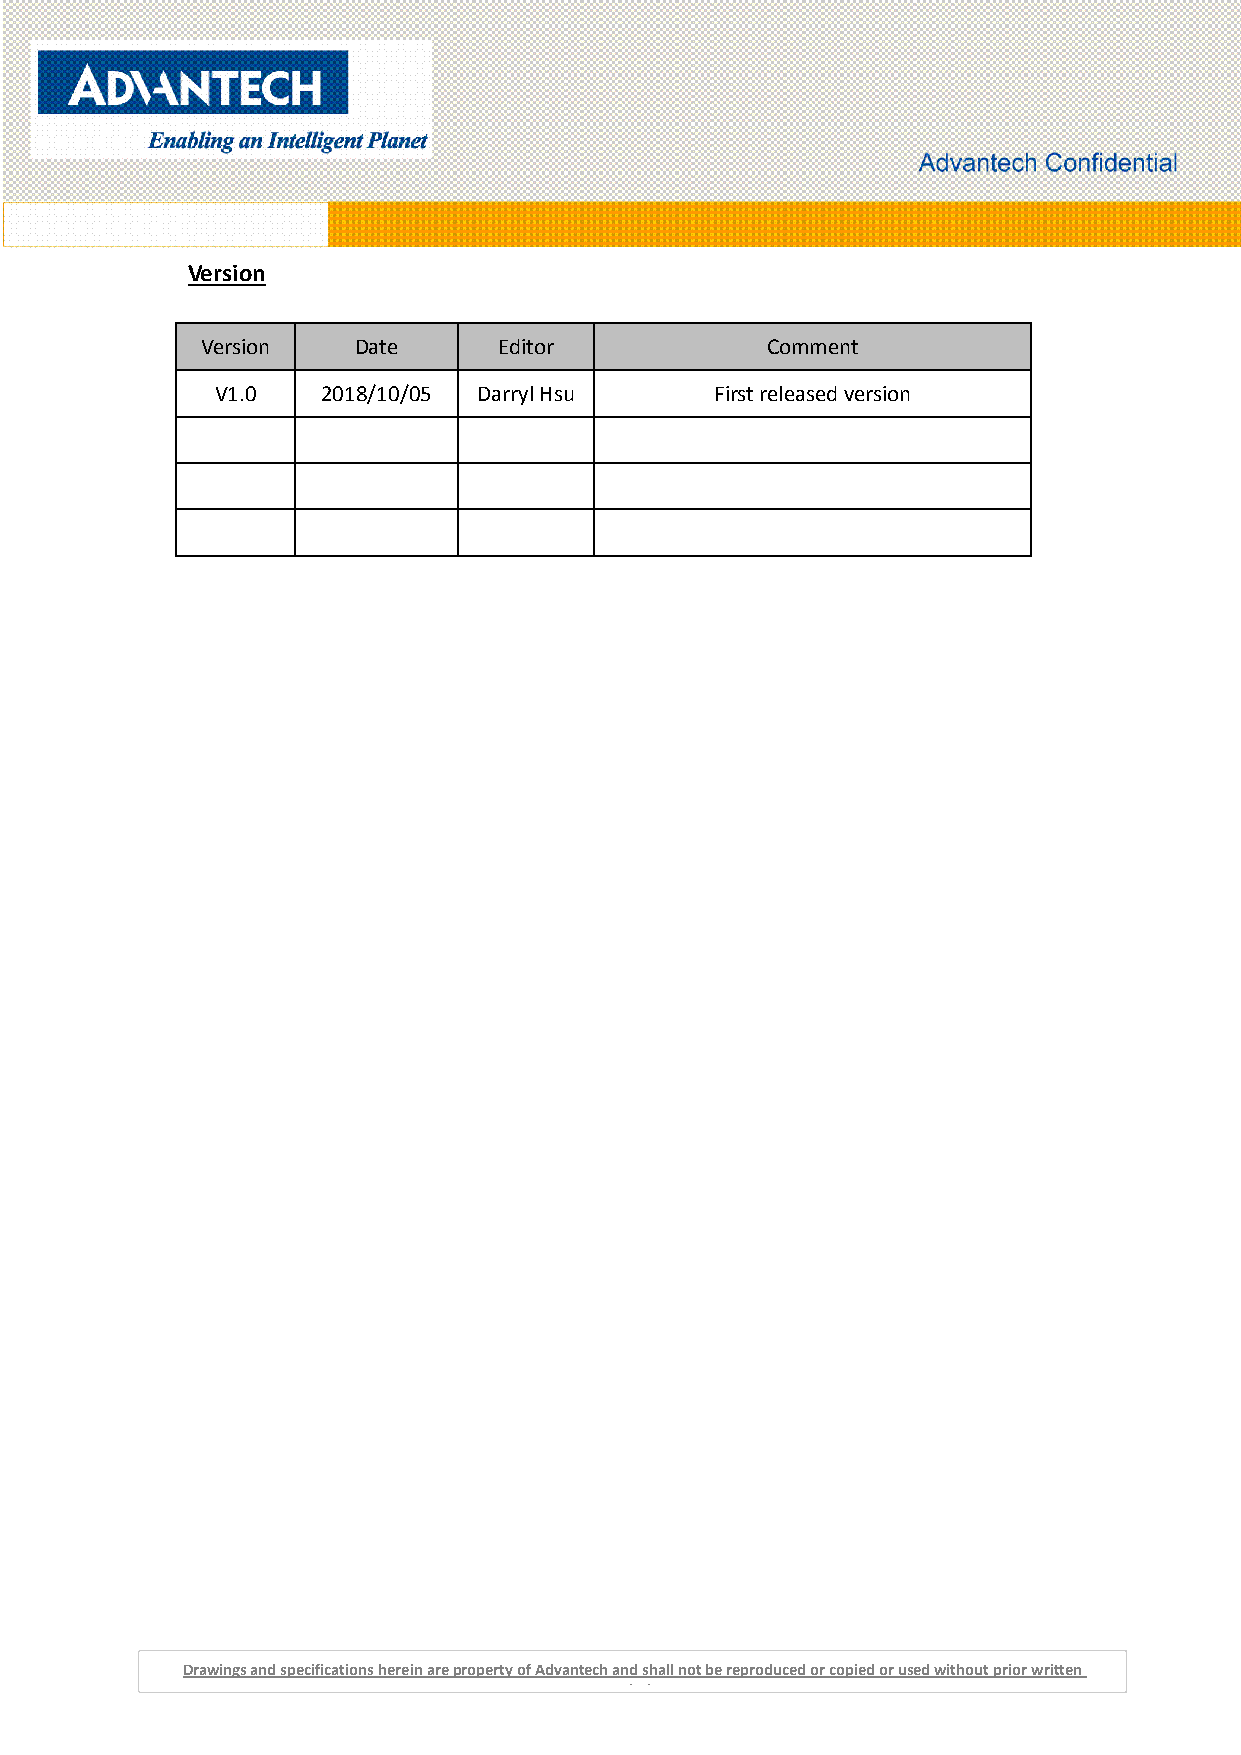
Version
 Version   Date      Editor            Comment
 V1.0   2018/10/05 Darryl Hsu     First released version
 Drawings and specifications herein are property of Advantech and shall not be reproduced or copied or used without prior written
 permission.